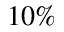
1 0 \%